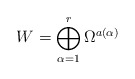
\begin{align*}W = \bigoplus_{\alpha=1}^r \Omega^{a(\alpha)} \end{align*}